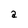
Character: a